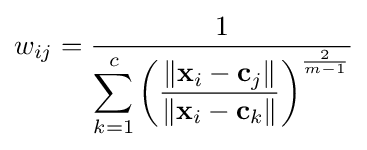
w_{ij}={\frac {1}{\displaystyle \sum _{k=1}^{c}\left({\frac {\left\|\mathbf {x} _{i}-\mathbf {c} _{j}\right\|}{\left\|\mathbf {x} _{i}-\mathbf {c} _{k}\right\|}}\right)^{\frac {2}{m-1}}}}